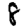
Digit: 8